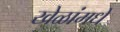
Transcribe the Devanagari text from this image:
खेळांमधे